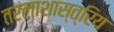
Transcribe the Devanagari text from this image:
तरलाशास्त्रिय